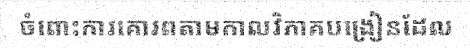
ចំពោះការគោរពតាមកាលវិភាគបង្រៀនដែល